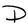
Character: D